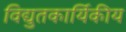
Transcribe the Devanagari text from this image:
विद्युतकार्यिकीय